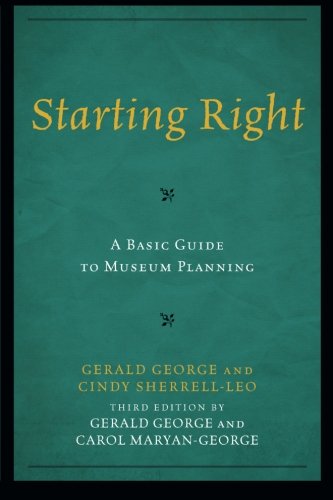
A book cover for Starting Right: A Basic Guide to Museum Planning (American Association for State and Local History); Gerald George; Business & Money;